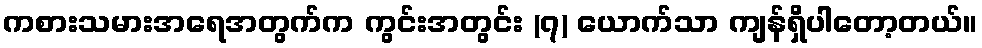
ကစားသမားအရေအတွက်က ကွင်းအတွင်း (၇) ယောက်သာ ကျန်ရှိပါတော့တယ်။